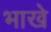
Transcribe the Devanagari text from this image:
भाखे